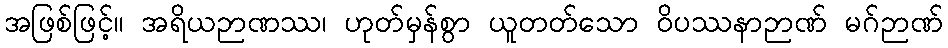
အဖြစ်ဖြင့်။ အရိယဉာဏဿ၊ ဟုတ်မှန်စွာ ယူတတ်သော ဝိပဿနာဉာဏ် မဂ်ဉာဏ်